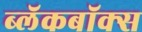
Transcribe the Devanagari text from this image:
ब्‍लॅकबॉक्स